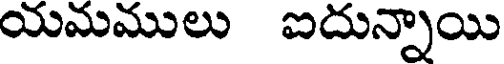
యమములు ఐదున్నాయి